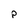
Character: P